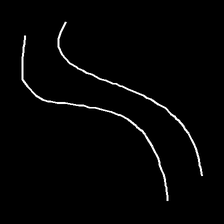
Glyph: float